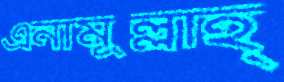
এনামুল্লাহ্